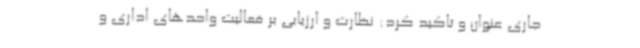
جاری عنوان و تاکید کرد: نظارت و ارزیابی بر فعالیت واحدهای اداری و